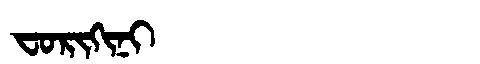
Manchu: ᠸᠣᡵᡳᡴᡳᠨᡳ
Romanization: FORIKINI